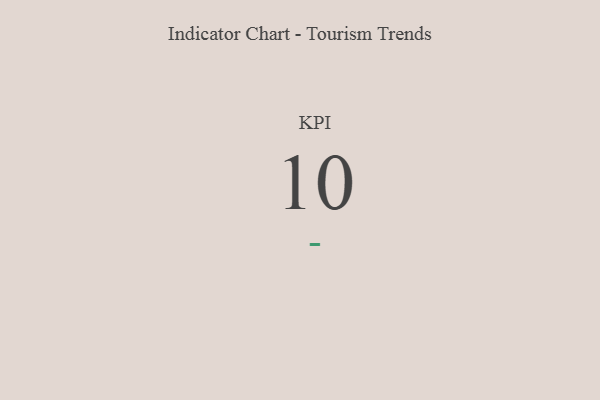
{"axis": {"x": "KPI", "y": "Value"}, "legend": [""], "data": [{"x": "KPI", "y": 10, "type": ""}]}